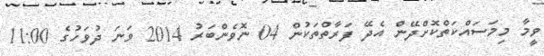
ވީމާ މިމަސައްކަތްކޮށްދޭން އެދޭ ފަރާތްތަކުން 04 ނޮވެންބަރު 2014 ވަނަ ދުވަހުގެ 11:00